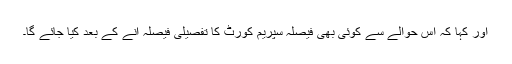
اور کہا کہ اس حوالے سے کوئی بھی فیصلہ سپریم کورٹ کا تفصیلی فیصلہ آنے کے بعد کیا جائے گا۔